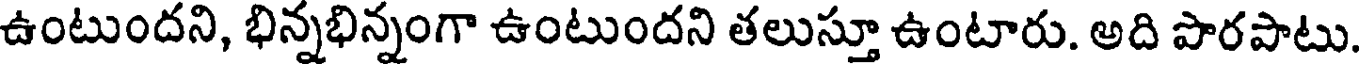
ఉంటుందని, భిన్నభిన్నంగా ఉంటుందని తలుస్తూ ఉంటారు. అది పొరపాటు